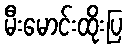
မီးမောင်းထိုးပြ